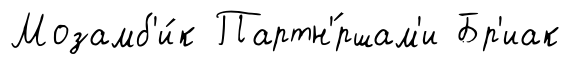
Мозамб'и́к Партн'́ршам'и Бр'иак